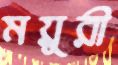
ময়ুরী